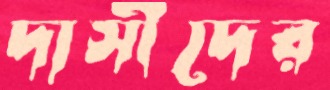
দাসীদের